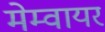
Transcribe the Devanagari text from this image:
मेम्वायर